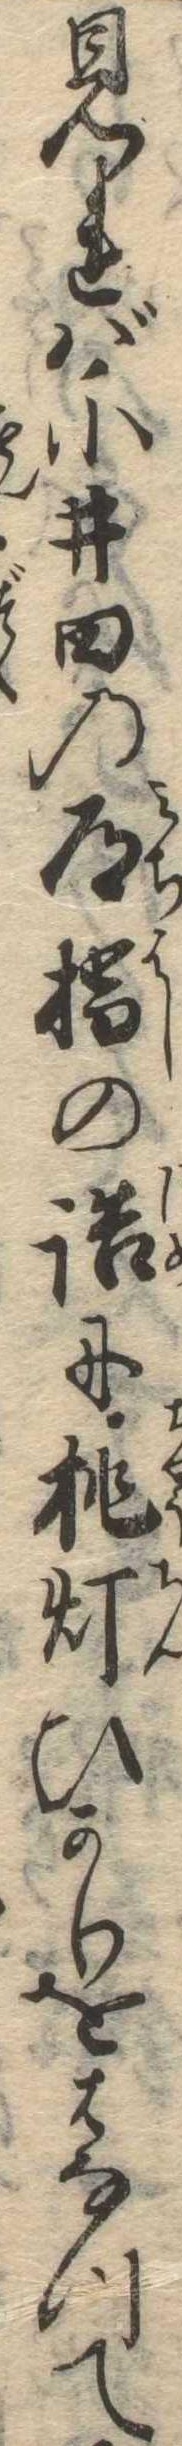
見れば小井田の道橋の詰に挑灯ひかりをはなつて